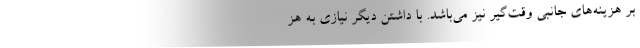
بر هزینه‌های جانبی وقت‌گیر نیز می‌باشد. با داشتن دیگر نیازی به هز